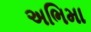
અભિમા